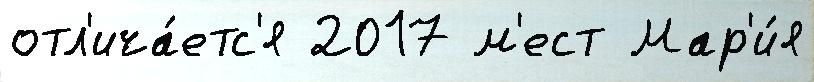
отл'ича́етс'я 2017 м'ест Мар'и́я